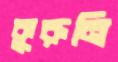
কুরুনি